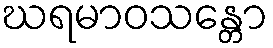
ဃရမာဝသန္တော